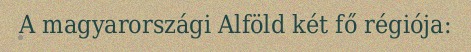
A magyarországi Alföld két fő régiója: